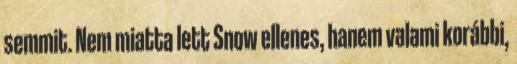
semmit. Nem miatta lett Snow ellenes, hanem valami korábbi,